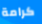
كرامة